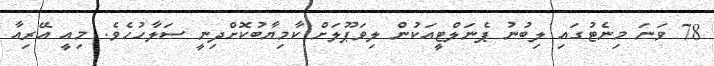
78 ވަނަ މިނެޓުގައި ލިބުނު ޕެނަލްޓީއަކުން ލިވަޕޫލަށް ކާމިޔާބުކޮށްދިނީ ސަލާހުހެވެ. މިއީ އޭރިއާ